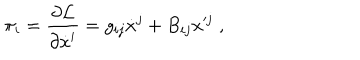
\pi _ { i } = \frac { \partial \mathcal { L } } { \partial \dot { x } ^ { i } } = g _ { i j } \dot { x } ^ { j } + B _ { i j } x ^ { j } \; ,